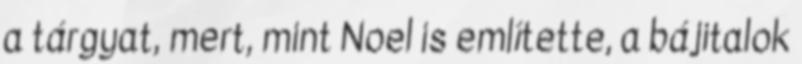
a tárgyat, mert, mint Noel is említette, a bájitalok